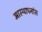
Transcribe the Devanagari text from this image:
आस्थापनांस